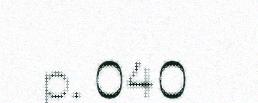
p. 040